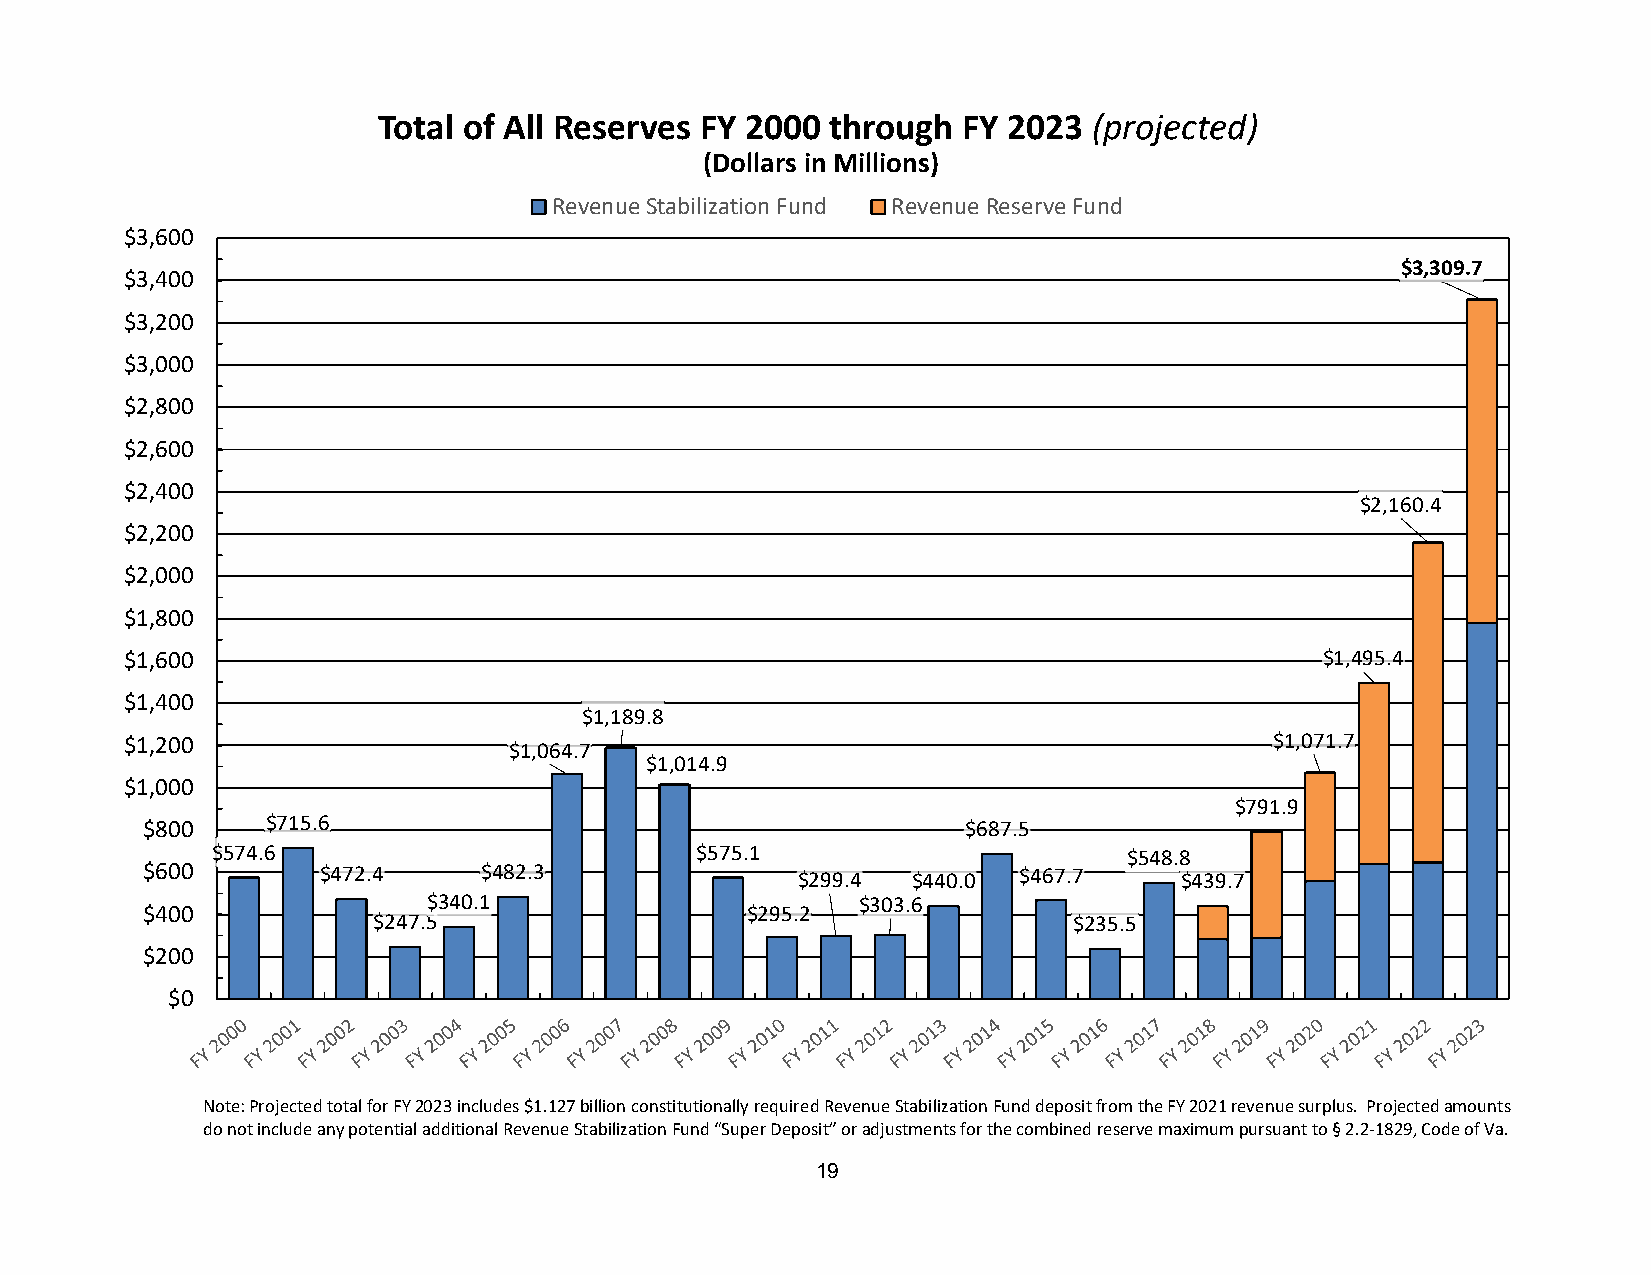
Total of All Reserves FY 2000 through  FY 2023 (projected)
 (Dollars in Millions)
 Revenue Stabilization Fund Revenue Reserve Fund
 $3,600
 $3,309.7
 $3,400
 $3,200
 $3,000
 $2,800
 $2,600
 $2,400
 $2,160.4
 $2,200
 $2,000
 $1,800
 $1,600                                                                          $1,495.4
 $1,400
 $1,189.8
 $1,200                                                                      $1,071.7
 $1,064.7
 $1,014.9
 $1,000
 $791.9
 $800     $715.6                                        $687.5
 $574.6                          $575.1                       $548.8
 $600        $472.4     $482.3               $299.4 $440.0 $467.7     $439.7
 $340.1                       $303.6
 $400                                    $295.2
 $247.5                                        $235.5
 $200
 $0
 Note: Projected total for FY 2023 includes $1.127 billion constitutionally required Revenue Stabilization Fund deposit from the FY 2021 revenue surplus. Projected amounts
 do not include any potential additional Revenue Stabilization Fund “Super Deposit” or adjustments for the combined reserve maximum pursuant to §2.2‐1829, Code of Va.
 19